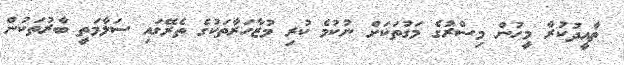
ތާއީދުކުރާ މީހުން މިސްރުގެ މަގުތަކަށް ނުކުމެ ކުރި މުޒާހަރާތަކުގެ ތެރޭގައި ސަލާމަތީ ބާރުތަކުން